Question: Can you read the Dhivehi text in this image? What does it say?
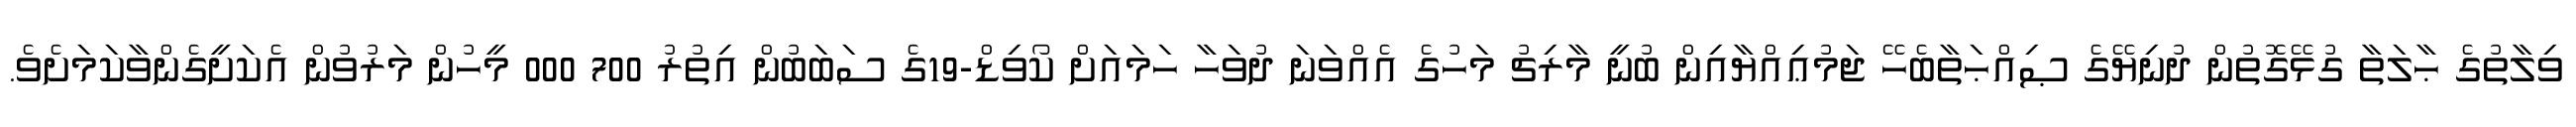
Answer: ވިލާތުގެ ޙާލަތާ ގުޅޭގޮތުން ދުނިޔޭގެ ޞިއްޙަތާބެހޭ ޖަމުޢިއްޔާއިން ބުނީ މާރިޗު މަހުގެ އެއްވަނަ ދުވަހާ ހަމައަށް ކޯވިޑް-19ގެ ސަބަބުން އިތުރު 700 000 މީހުން މަރުވުން އެކަށީގެންވާކަމަށެވެ.